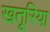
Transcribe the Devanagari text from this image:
खतूरिया